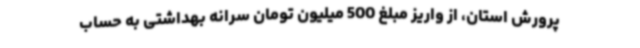
پرورش استان، از واریز مبلغ 500 میلیون تومان سرانه بهداشتی به حساب